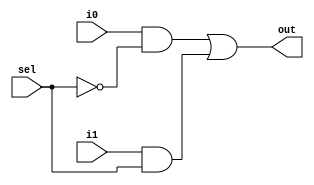
/*--  *******************************************************
--  Computer Architecture Course, Laboratory Sources 
--  Amirkabir University of Technology (Tehran Polytechnic)
--  Department of Computer Engineering (CE-AUT)
--  https://ce[dot]aut[dot]ac[dot]ir
--  *******************************************************
--  All Rights reserved (C) 2020-2021
--  *******************************************************
--  Student ID  : 9833016              9839039
--  Student Name: Amirhossein Poolad & Samin Mahdipour
--  Student Mail: 
--  *******************************************************
--  Additional Comments:
--
--*/

/*-----------------------------------------------------------
---  Module Name: mux2x1
-----------------------------------------------------------*/
`timescale 1ns / 1ps
module mux2x1(i0,i1,sel,out);
input i0;
input i1;
input sel;
output out;

wire a1,a2,notSel;
not(notSel,sel);
and(a1,i0,notSel);
and(a2,i1,sel);
or(out,a1,a2);

endmodule